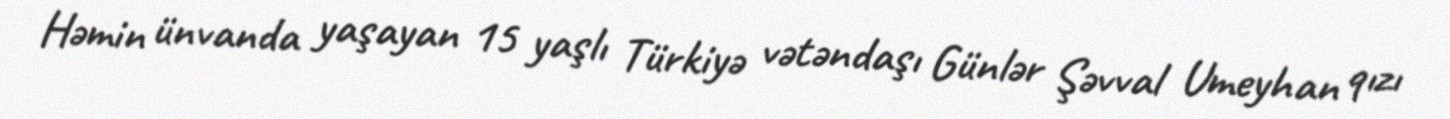
Həmin ünvanda yaşayan 15 yaşlı Türkiyə vətəndaşı Günlər Şəvval Umeyhan qızı